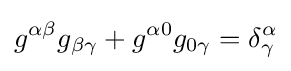
g^{\alpha \beta }g_{\beta \gamma }+g^{\alpha 0}g_{0\gamma }=\delta _{\gamma }^{\alpha }